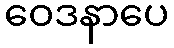
ဝေဒနာပေ